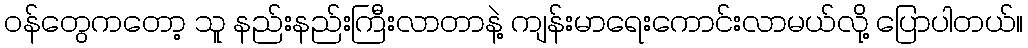
ဝန်တွေကတော့ သူ နည်းနည်းကြီးလာတာနဲ့ ကျန်းမာရေးကောင်းလာမယ်လို့ ပြောပါတယ်။